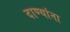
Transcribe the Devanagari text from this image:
दाण्यांना